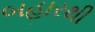
બહારથી